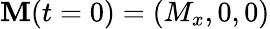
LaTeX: \mathbf{M}(t=0)=(M_{x},0,0)